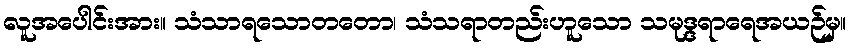
လူအပေါင်းအား။ သံသာရသောတတော၊ သံသရာတည်းဟူသော သမုဒ္ဒရာရေအယဉ်မှ။